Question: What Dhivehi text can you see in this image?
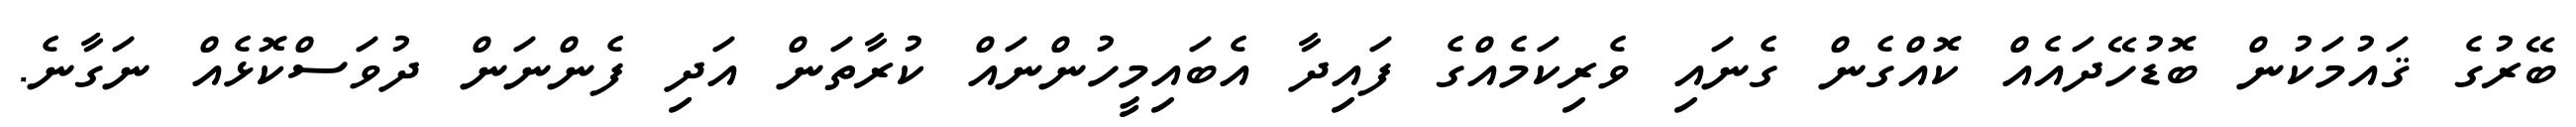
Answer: ބޭރުގެ ޤައުމަކުން ބޮޑުހޭދައެއް ކޮއްގެން ގެނައި ވެރިކަމެއްގެ ފައިދާ އެބައިމީހުންނައް ކުރާތަން އަދި ފެންނަން ދުވަސްކޮޅެއް ނަގާނެ.